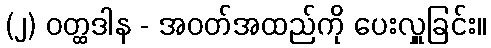
(၂) ဝတ္ထဒါန - အဝတ်အထည်ကို ပေးလှူခြင်း။